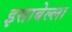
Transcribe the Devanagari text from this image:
इसाबेल्ला